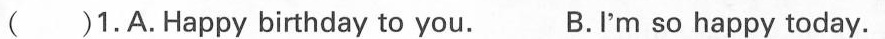
( )1.A.Happy birthday to you. B.I'm so happy today.